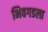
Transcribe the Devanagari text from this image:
भिवगडला